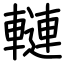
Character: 轋